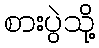
စားပွဲသို့